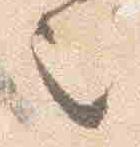
之